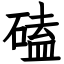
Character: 磕